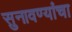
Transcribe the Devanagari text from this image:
सुनावण्यांचा